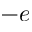
- e